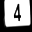
Digit: 4